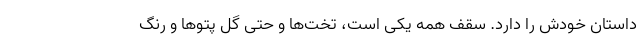
داستان خودش را دارد. سقف همه یکی است، تخت‌ها و حتی گُل پتوها و رنگ